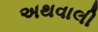
અથવાલી